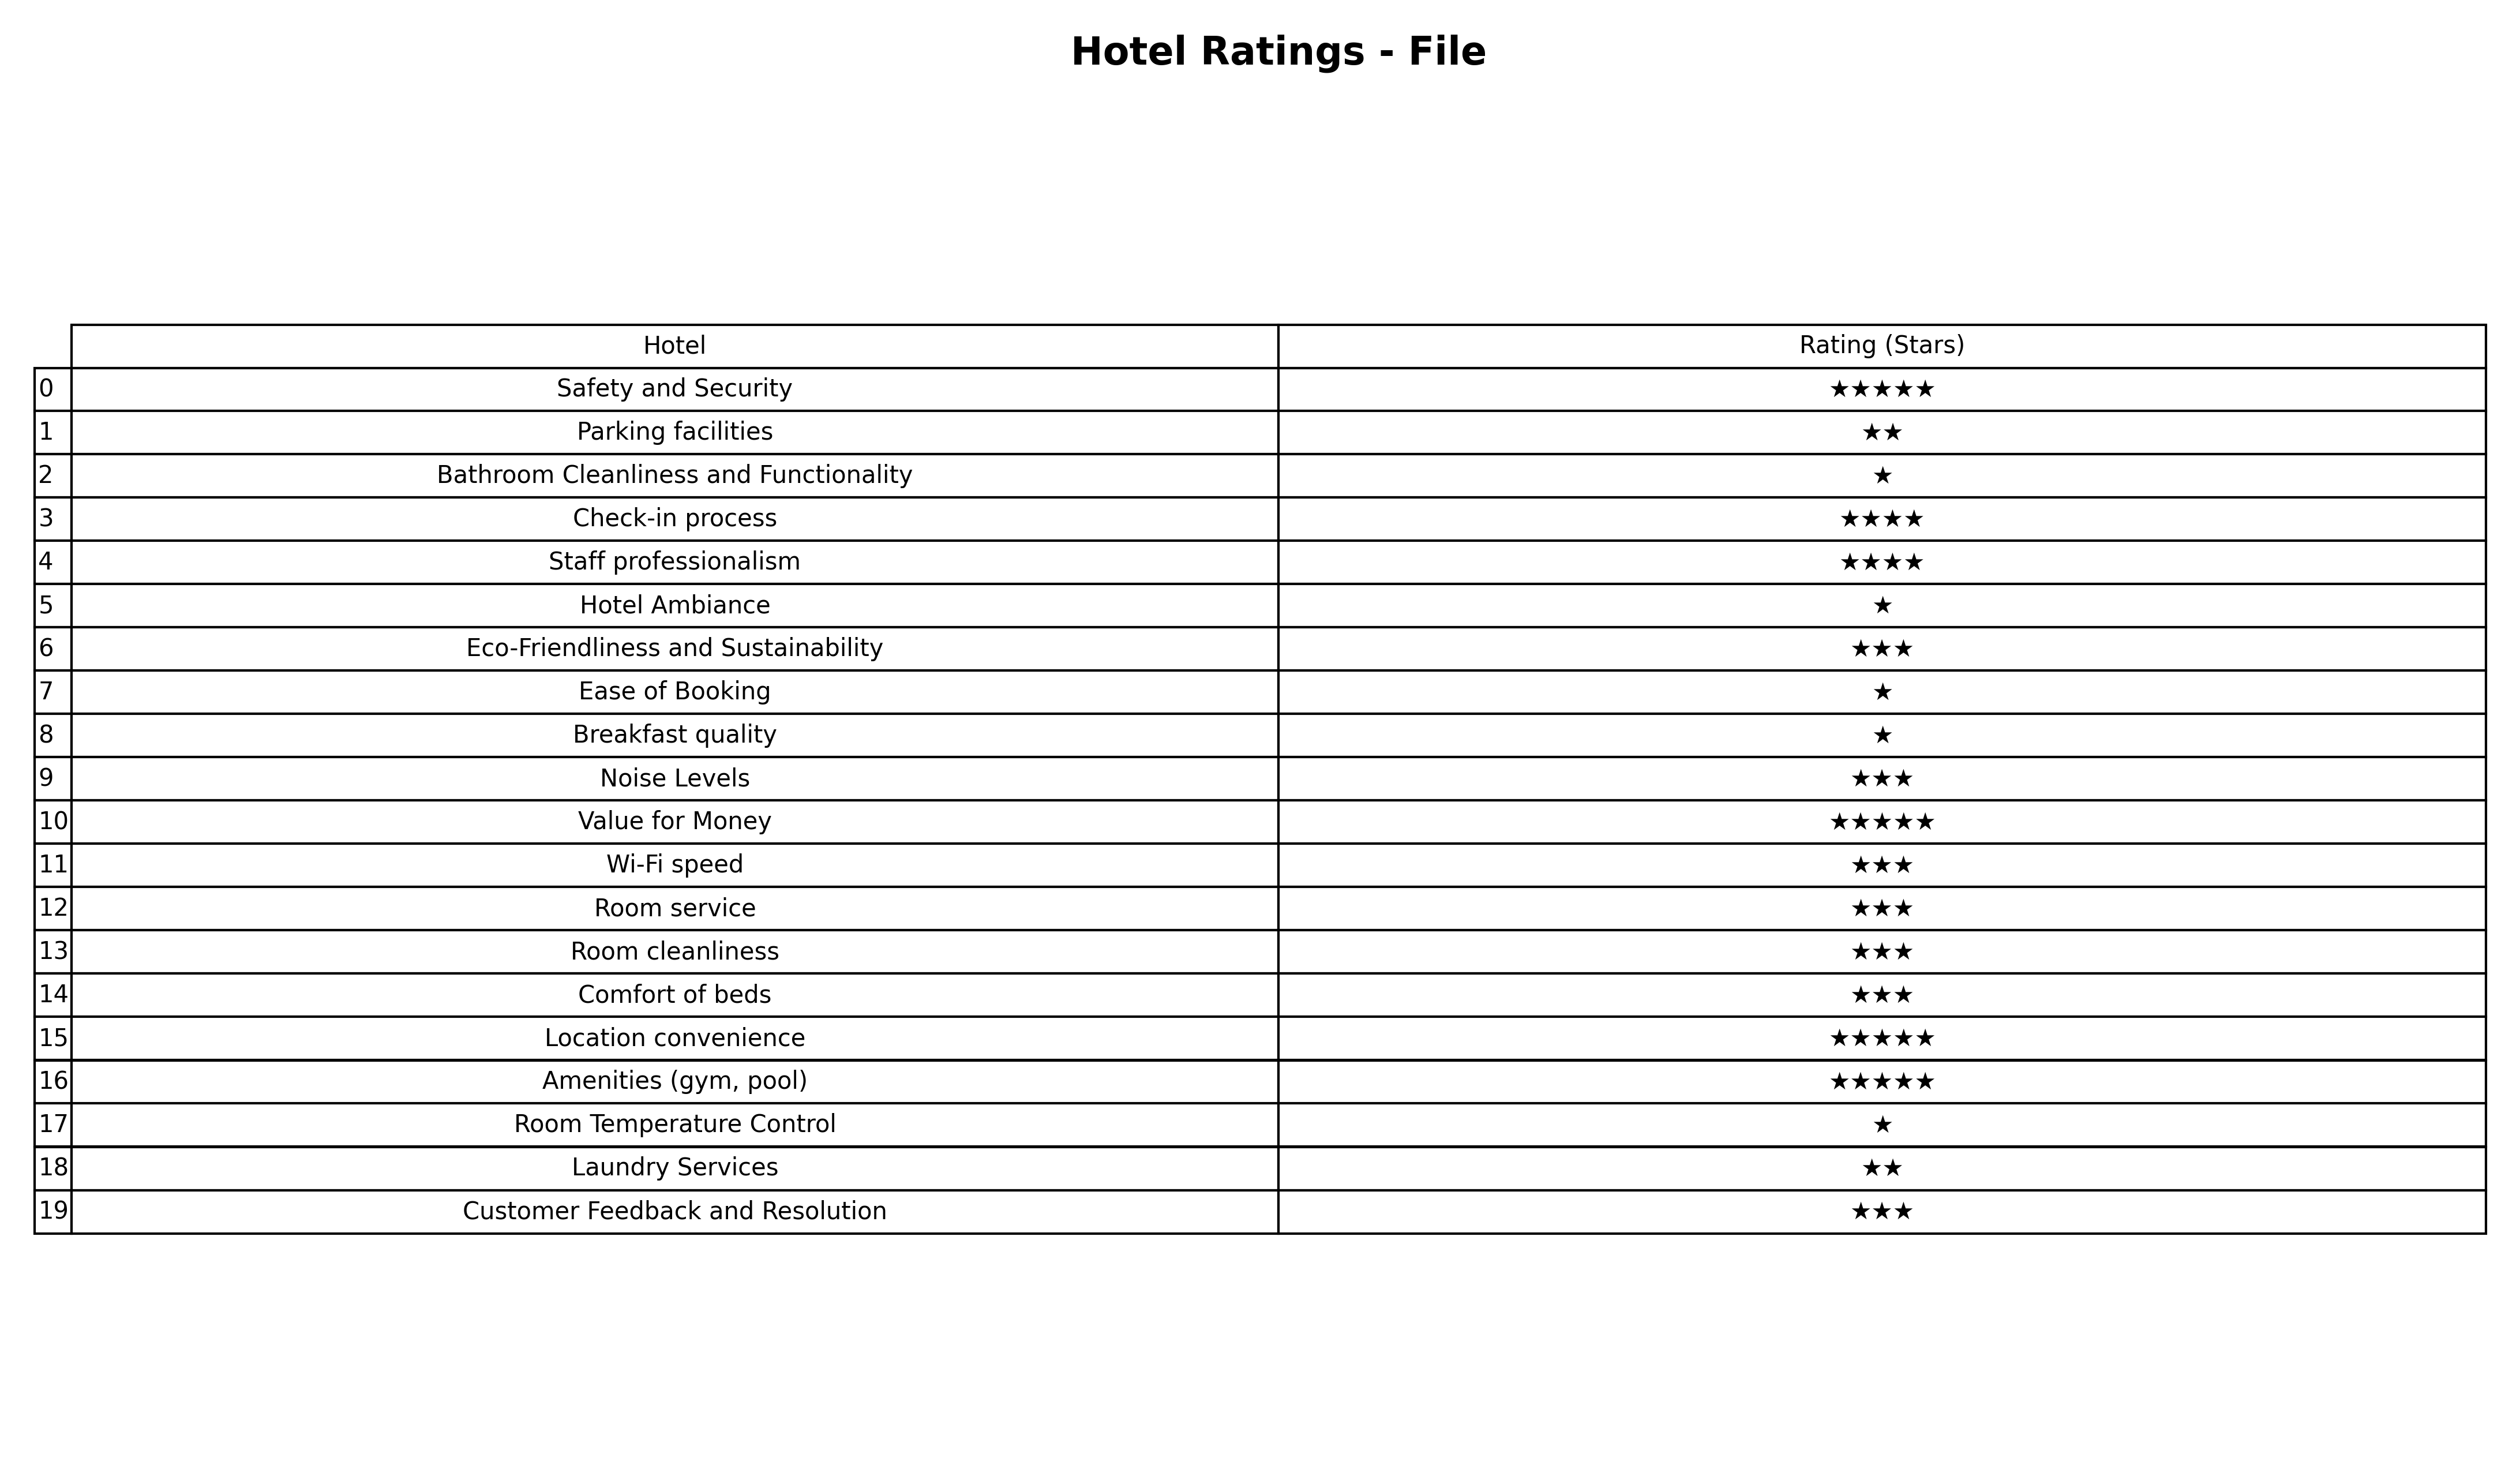
question: What are lowest rating services?
answer: Check-in processStaff professionalism